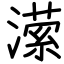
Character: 潆